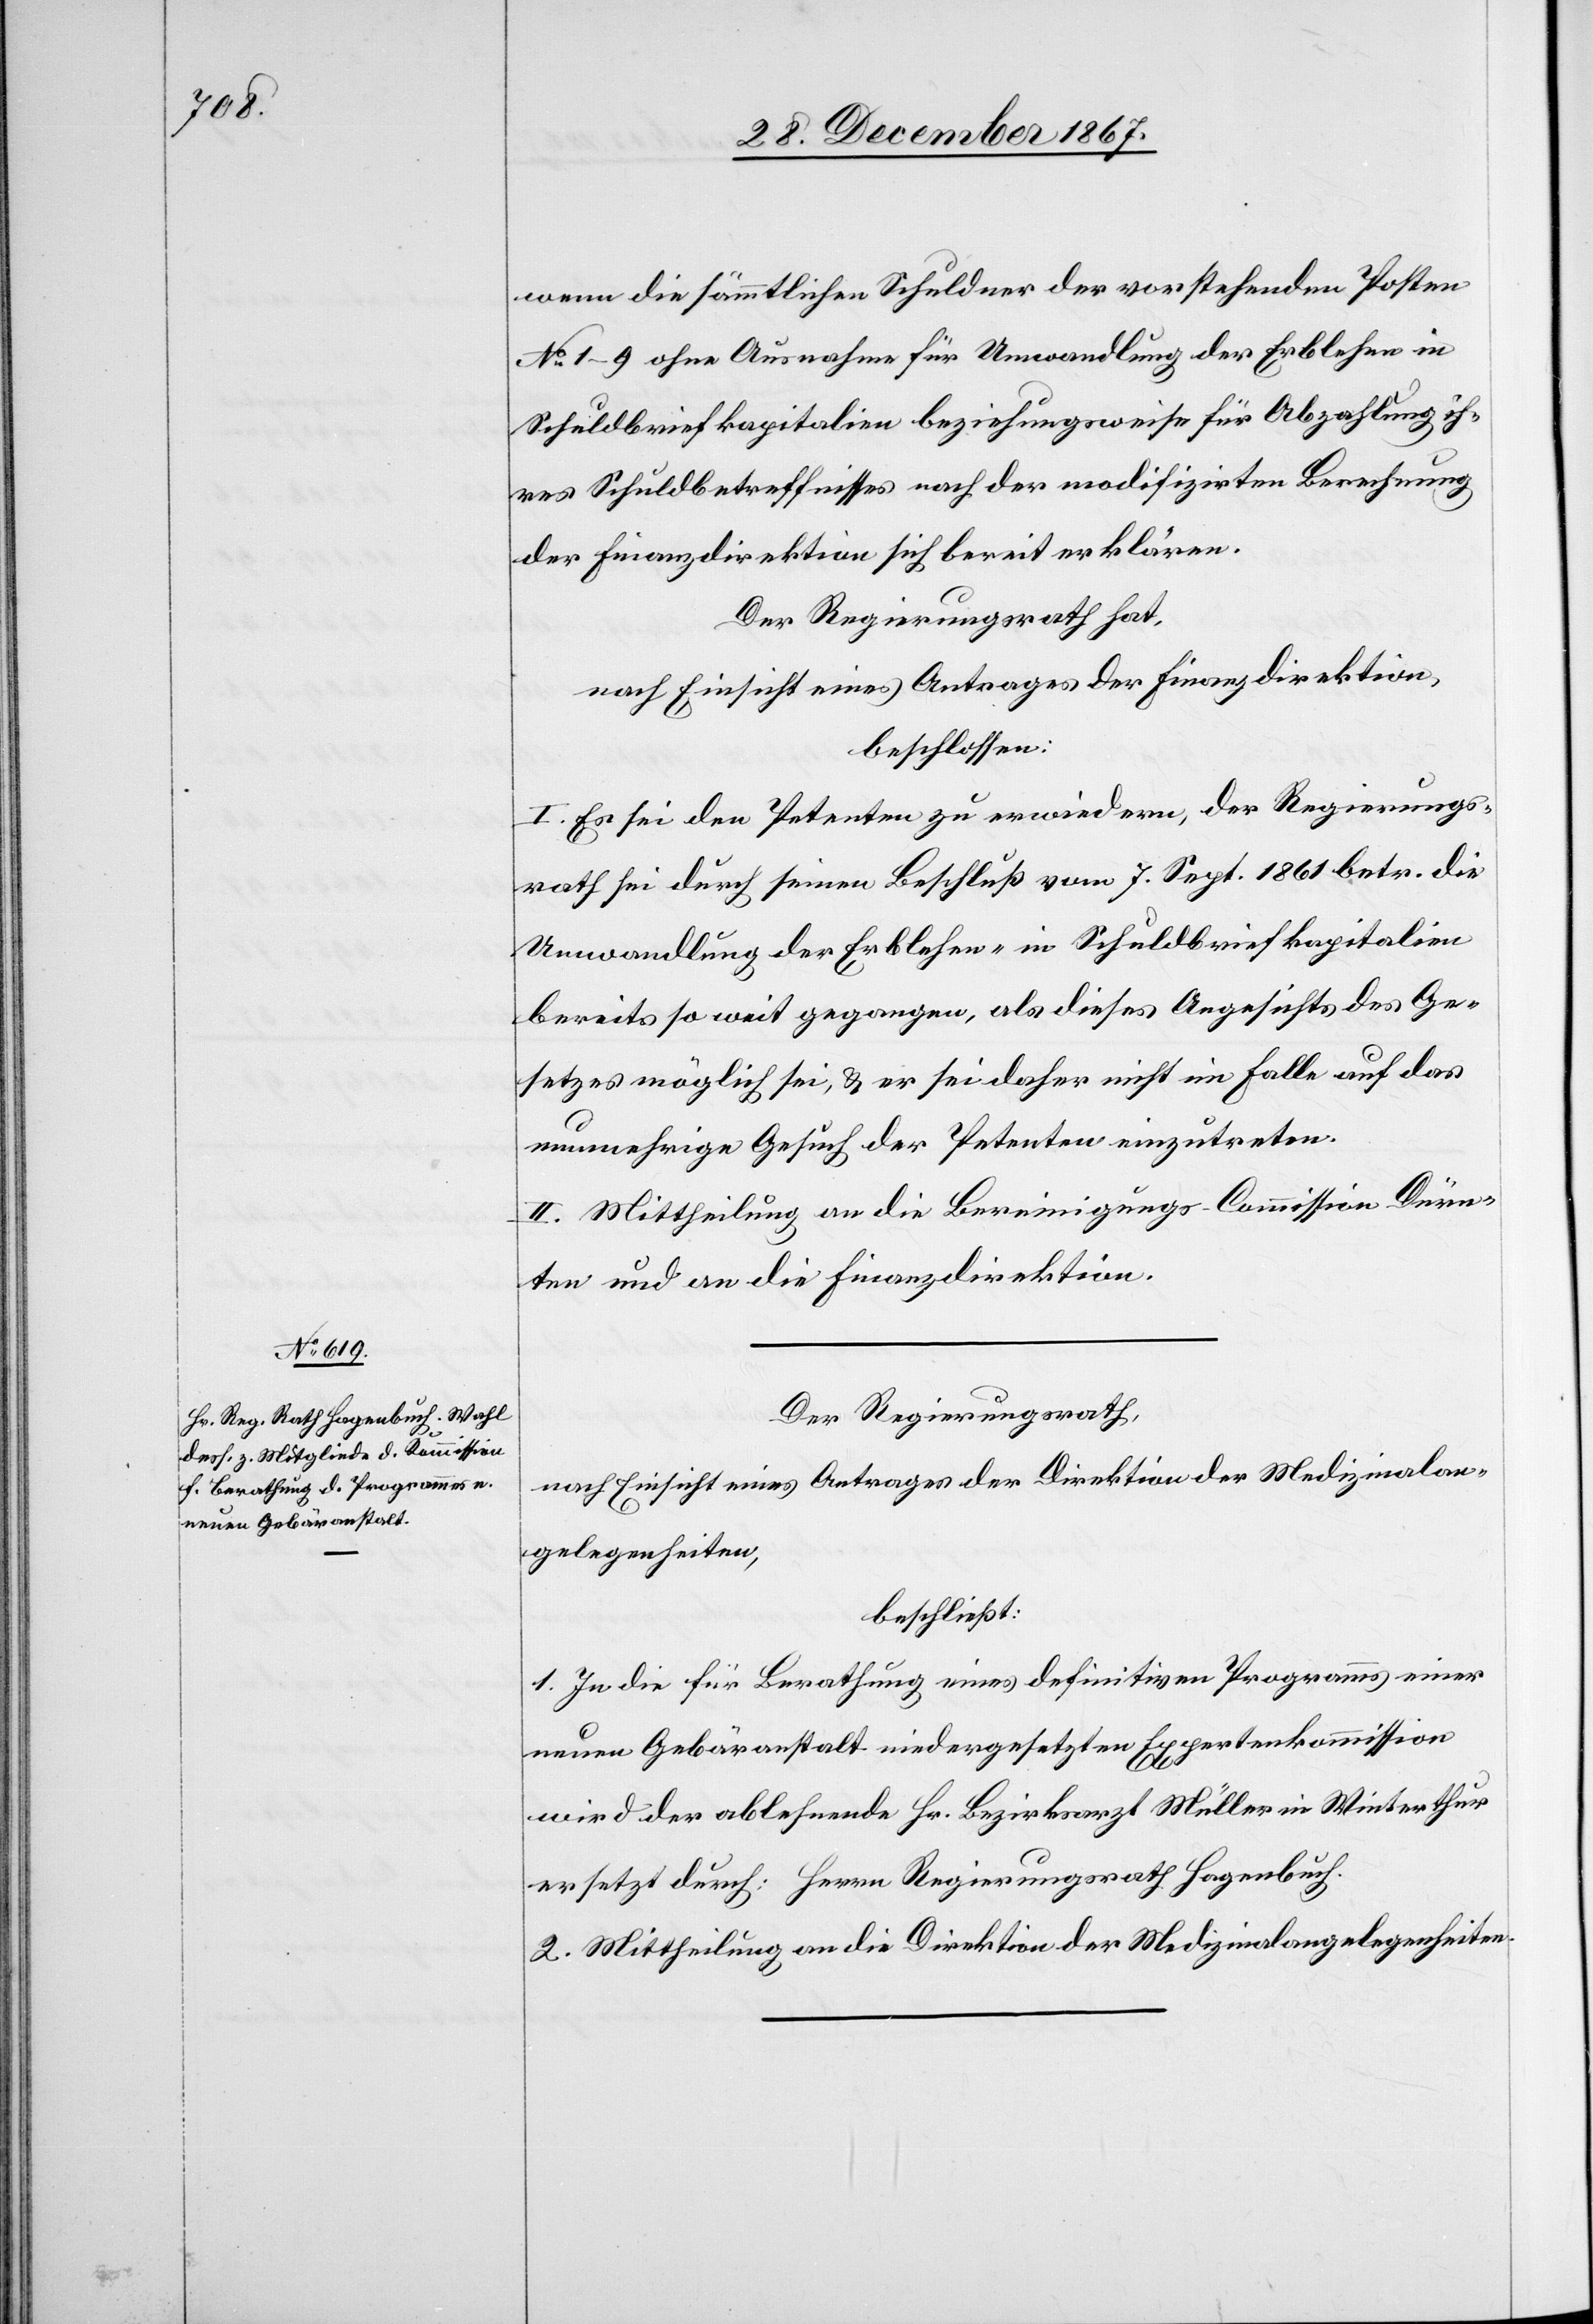
wenn die sämmtlichen Schuldner der vorstehenden Posten
No 1–9 ohne Ausnahme für Umwandlung der Erblehen in
Schuldbriefkapitalien beziehungsweise für Abzahlung ih¬
res Schuldbetreffnisses nach der modifizirten Berechnung
der Finanzdirektion sich bereit erklären.
Der Regierungsrath hat,
nach Einsicht eines Antrages der Finanzdirektion,
beschlossen:
I. Es sei den Petenten zu erwiedern, der Regierungs¬
rath sei durch seinen Beschluß vom 7. Sept 1861 betr. die
Umwandlung der Erblehen- in Schuldbriefkapitalien
bereits so weit gegangen, als dieses Angesichts des Ge¬
setzes möglich sei, u. er sei daher nicht im Falle, auf das
nunmehrige Gesuch der Petenten einzutreten.
II. Mittheilung an die Bereinigungs-Commission Dürn¬
ten und an die Finanzdirektion.
Der Regierungsrath,
nach Einsicht eines Antrages der Direktion der Medizinalan¬
gelegenheiten,
beschließt:
1. In die für Berathung eines definitiven Programms einer
neuen Gebäranstalt niedergesetzten Expertenkommission
wird der ablehnende Hr. Bezirksarzt Müller in Winterthur
ersetzt durch: Herrn Regierungsrath Hagenbuch.
2. Mittheilung an die Direktion der Medizinalangelegenheiten.